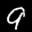
Label: 9